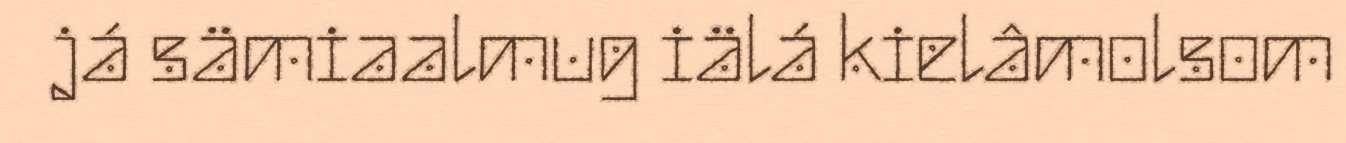
já sämiaalmug iälá kielâmolsom